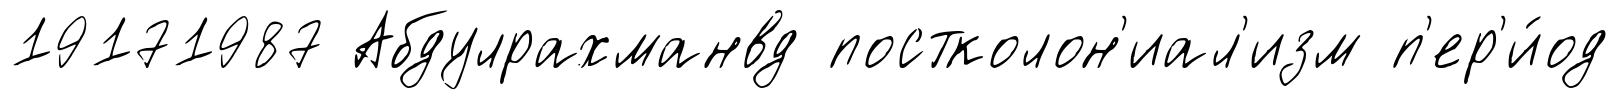
19171987 Абдулрахманвд постколон'иал'изм п'ер'и́од